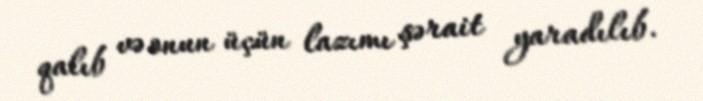
qalıb və onun üçün lazımı şərait yaradılıb.